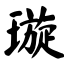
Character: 璇